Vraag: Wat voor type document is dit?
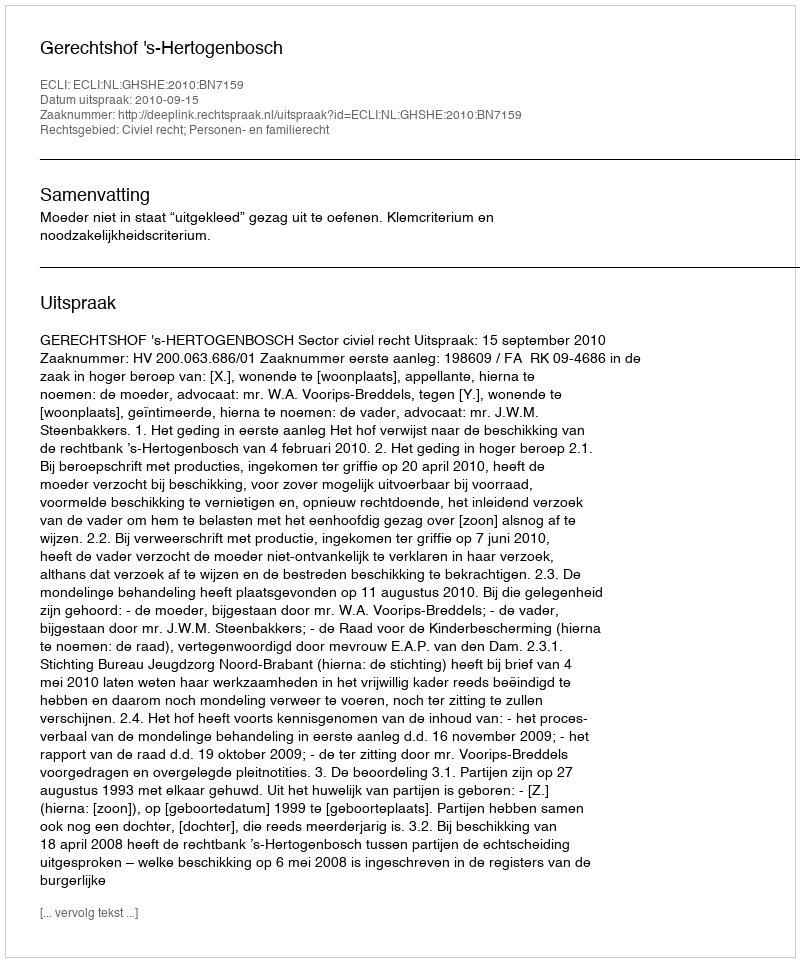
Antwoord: Uitspraak